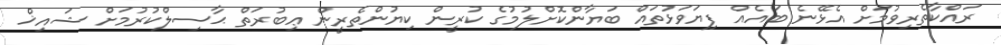
ރައްކާތެރިވުމަށް އެޅޭނެ ބައެއް ފިޔަވަޅުތައް ބަޔާންކޮށްލުމުގެ ކުރީން ކިޔުންތެރީން ޢިބުރަތް ޙާސިލްކުރުމަށް ޝައިޚް